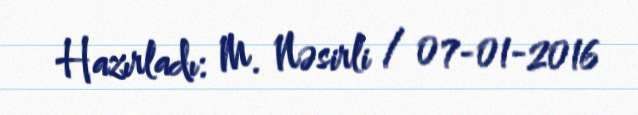
Hazırladı: M. Nəsirli / 07-01-2016